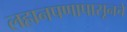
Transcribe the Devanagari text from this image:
लहानपणापासूनचे